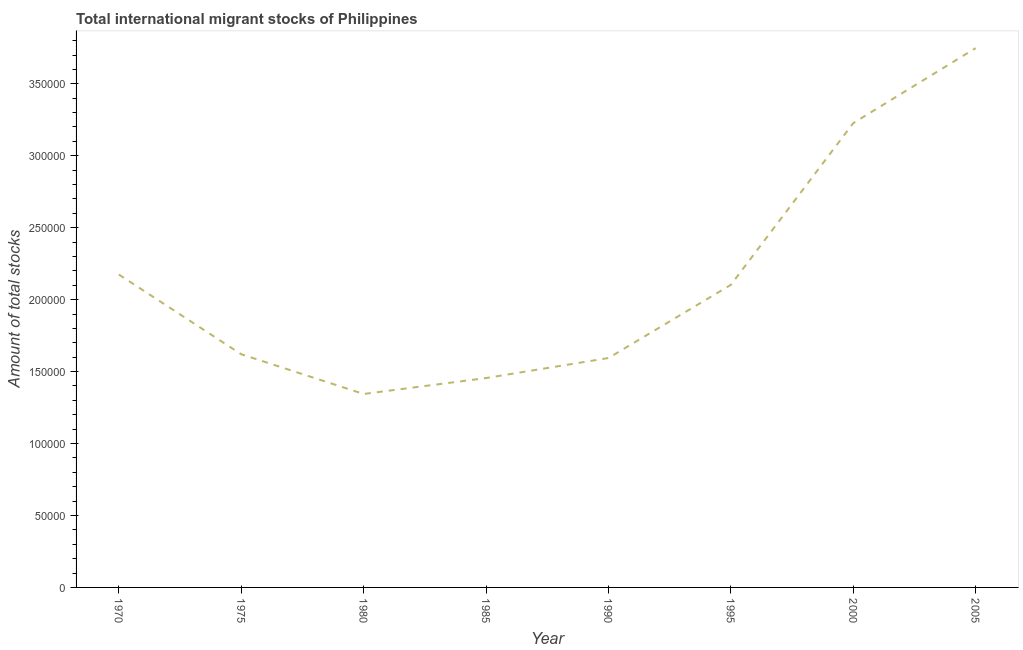
| Year | International migrant stock |
 | --- | --- |
 | 1970 | 2.17e+05 |
 | 1975 | 1.62e+05 |
 | 1980 | 1.34e+05 |
 | 1985 | 1.46e+05 |
 | 1990 | 1.59e+05 |
 | 1995 | 2.1e+05 |
 | 2000 | 3.23e+05 |
 | 2005 | 3.75e+05 |